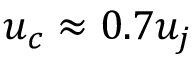
u _ { c } \approx 0 . 7 u _ { j }